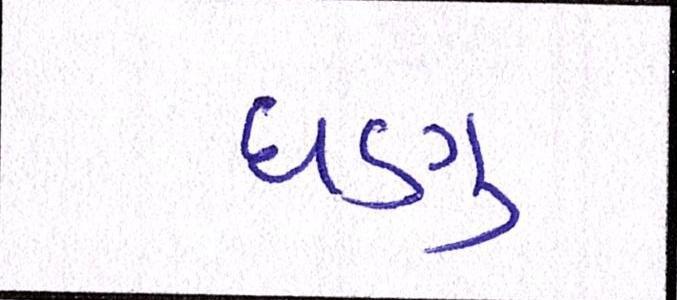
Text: ઘણુ